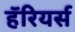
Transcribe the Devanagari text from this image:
हॅरियर्स